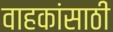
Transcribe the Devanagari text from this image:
वाहकांसाठी